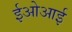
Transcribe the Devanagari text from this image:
ईओआई